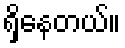
ရှိနေတယ်။